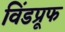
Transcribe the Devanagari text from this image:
विंडप्रूफ